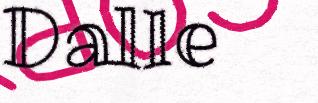
Dalle